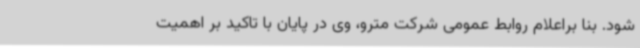
شود. بنا براعلام روابط عمومی شرکت مترو، وی در پایان با تاکید بر اهمیت